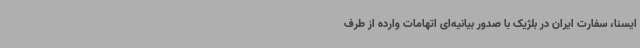
ایسنا، سفارت ایران در بلژیک با صدور بیانیه‌ای اتهامات وارده از طرف